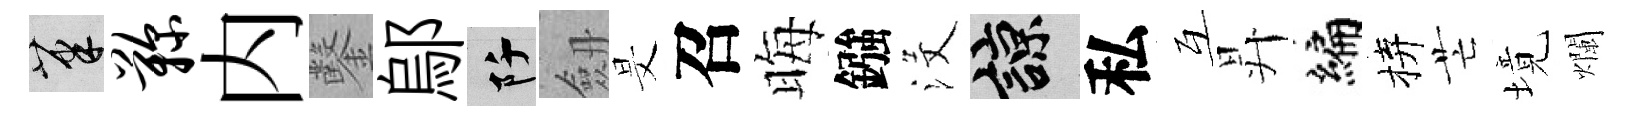
筆鞠内鑿鄔阡劔旻召晦鏹沒諒私互昇编拚芒境爛